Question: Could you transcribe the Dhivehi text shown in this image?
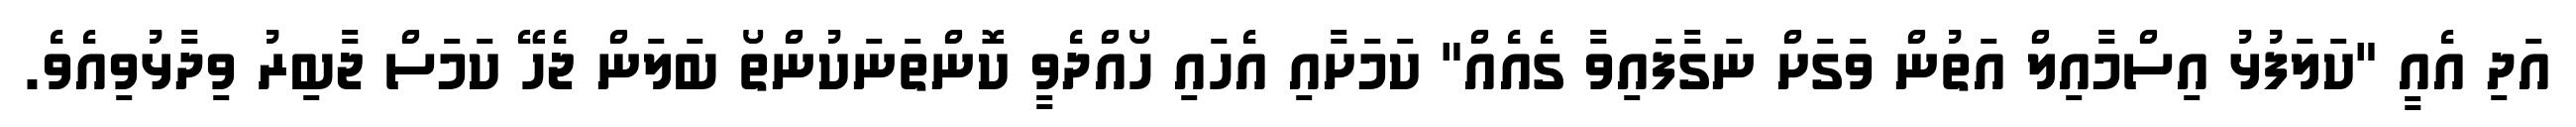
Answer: އަދި އެއީ "ކަލަފުޅު އިސްމާއިލް އަތުން ވަގަށް ނަގާފައިވާ ގެއެއް" ކަމަށާއި އެހައި ހޯއްދެވީ ކޮންތަނަކުންތޯ ބަލަން ޖެހޭ ކަމަސް ޖާބިރު ވިދާޅުވިއެވެ.